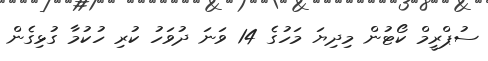
ސުޕްރީމް ކޯޓުން މިދިޔަ މަހުގެ 14 ވަނަ ދުވަހު ކުރި ހުކުމާ ގުޅިގެން